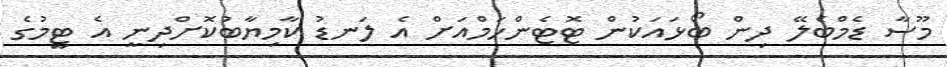
މޫސާ ޑެމްބެލޭ ދިން ބޯޅައަކުން ޓޮޓެންހަމްއަށް އެ ލަނޑު ކާމިޔާބުކޮށްދިނީ އެ ޓީމުގެ